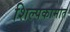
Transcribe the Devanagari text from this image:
शिल्पकामात